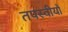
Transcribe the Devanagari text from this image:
तपस्वीयों